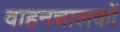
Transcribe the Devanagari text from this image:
वाहनचालकों